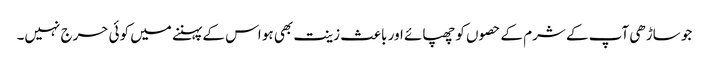
جو ساڑھی آپ کے شرم کے حصوں کو چھپائے اور باعث زینت بھی ہو اس کے پہننے میں کوئی حرج نہیں۔